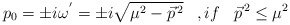
\begin{align*}p_0=\pm i{\omega}^{'}=\pm i\sqrt{{\mu}^2-{\vec{p}}^{\,2}}\;\;\;,if\;\;\;{\vec{p}}^{\,2} \leq {\mu}^2\end{align*}